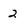
Character: 2